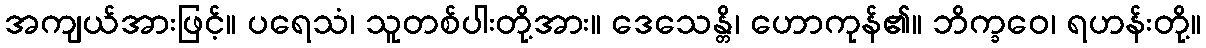
အကျယ်အားဖြင့်။ ပရေသံ၊ သူတစ်ပါးတို့အား။ ဒေသေန္တိ၊ ဟောကုန်၏။ ဘိက္ခဝေ၊ ရဟန်းတို့။